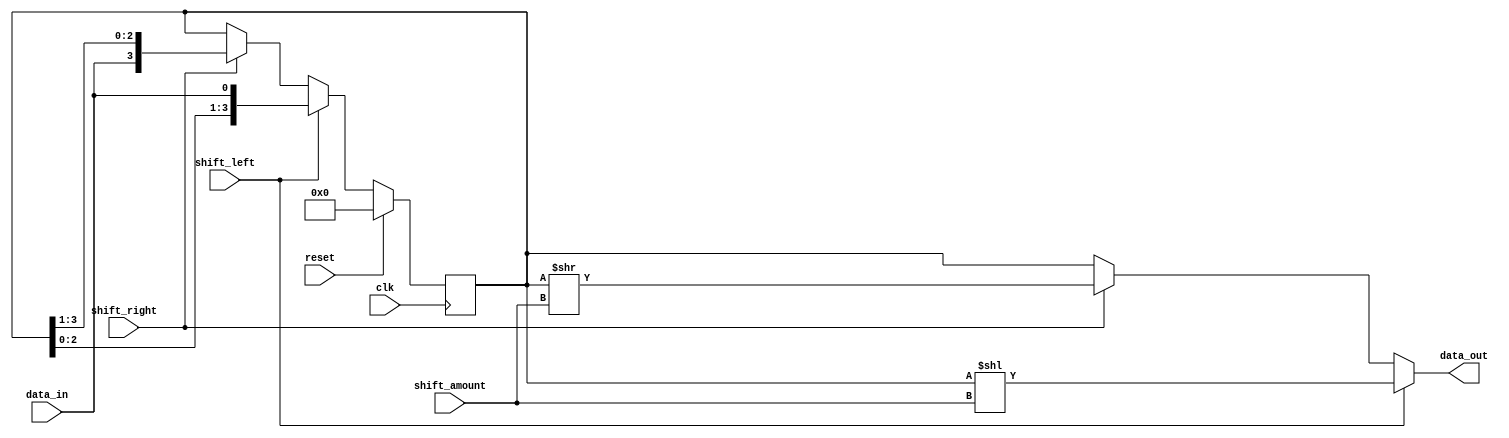
module UniversalShiftRegister (
    input wire clk,
    input wire reset,
    input wire shift_left,
    input wire shift_right,
    input wire [3:0] shift_amount,
    input wire data_in,
    output reg [3:0] data_out
);

reg [3:0] shift_reg;

always @(posedge clk) begin
    if (reset) begin
        shift_reg <= 4'b0000;
    end else begin
        if (shift_left) begin
            shift_reg <= {shift_reg[2:0], data_in};
        end else if (shift_right) begin
            shift_reg <= {data_in, shift_reg[3:1]};
        end
    end
end

always @* begin
    if (shift_left) begin
        data_out = shift_reg << shift_amount;
    end else if (shift_right) begin
        data_out = shift_reg >> shift_amount;
    end else begin
        data_out = shift_reg;
    end
end

endmodule